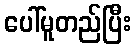
ပေါ်မူတည်ပြီး